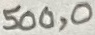
Text: 500,0